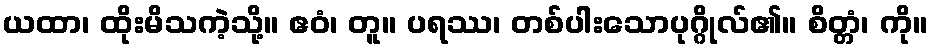
ယထာ၊ ထိုးမိသကဲ့သို့။ ဧဝံ၊ တူ။ ပရဿ၊ တစ်ပါးသောပုဂ္ဂိုလ်၏။ စိတ္တံ၊ ကို။